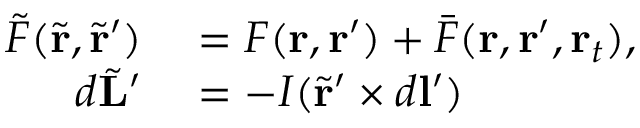
\begin{array} { r l } { \tilde { F } ( \tilde { \mathbf { r } } , \tilde { \mathbf { r } } ^ { \prime } ) } & { { } = F ( \mathbf { r } , \mathbf { r } ^ { \prime } ) + \bar { F } ( \mathbf { r } , \mathbf { r } ^ { \prime } , \mathbf { r } _ { t } ) , } \\ { d \tilde { \mathbf { L } } ^ { \prime } } & { { } = - I ( \tilde { \mathbf { r } } ^ { \prime } \times d \mathbf { l } ^ { \prime } ) } \end{array}